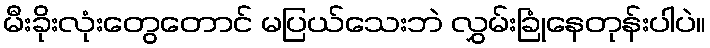
မီးခိုးလုံးတွေတောင် မပြယ်သေးဘဲ လွှမ်းခြုံနေတုန်းပါပဲ။